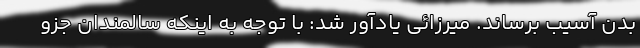
بدن آسیب برساند. میرزائی یادآور شد: با توجه به اینکه سالمندان جزو